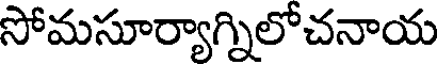
సోమసూర్యాగ్నిలోచనాయ